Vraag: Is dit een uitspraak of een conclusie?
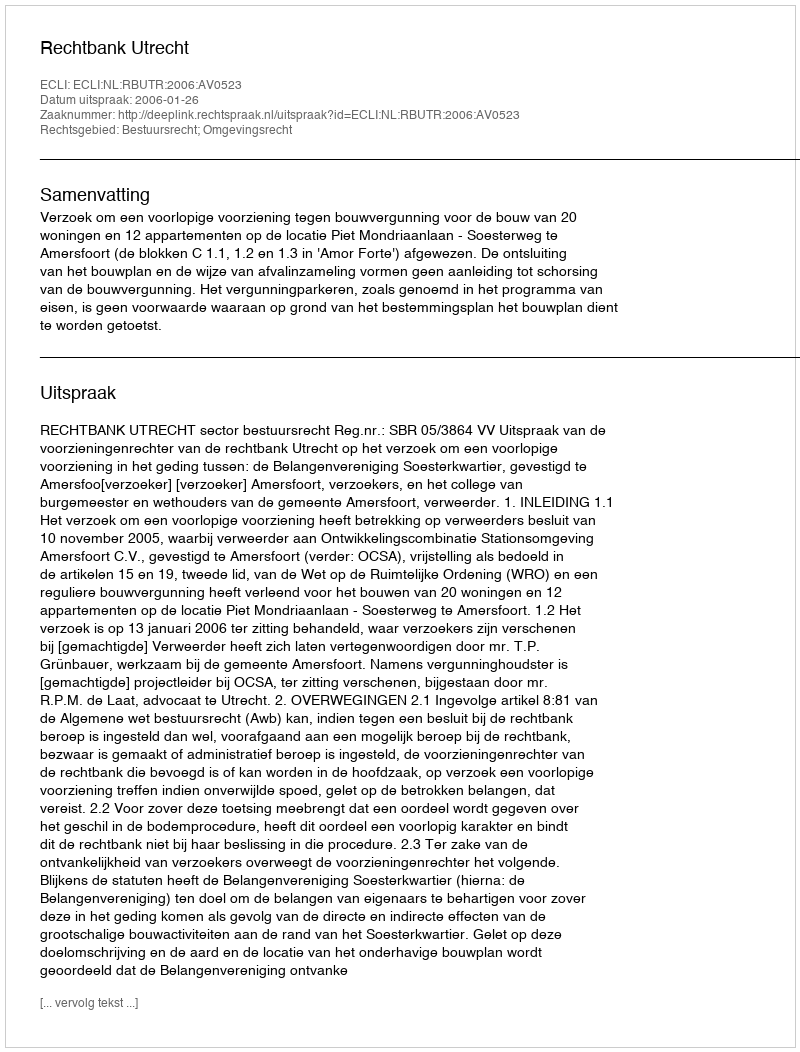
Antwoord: Uitspraak